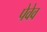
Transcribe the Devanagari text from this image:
पेवेव